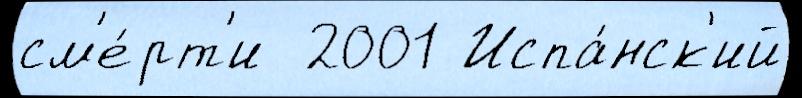
см'е́рт'и  2001 Испа́нск'ий